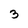
Character: 3